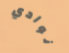
نوادي